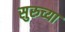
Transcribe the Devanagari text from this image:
सुरुच्या